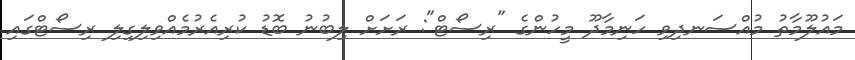
މައުލޫމާތު މުއްސަނދިވި ހަނިމާދޫ މީހުންގެ "ރިސޯޓް": ރަށަށް ލިބުނު ބޮޑު ކުރިއެރުމެއްވިލިގިލި ރިސޯޓްގައި